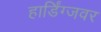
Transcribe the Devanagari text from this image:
हार्डिंग्जवर